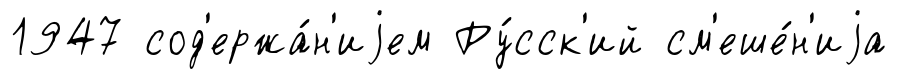
1947 сод'ержа́н'иjем Ру́сск'ий см'еше́н'иjа